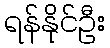
ရန်နိုင်ဦး